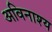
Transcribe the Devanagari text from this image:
अविनाश्य